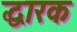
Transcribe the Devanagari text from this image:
द्धारक